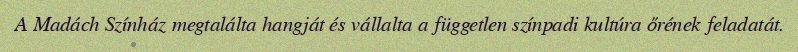
A Madách Színház megtalálta hangját és vállalta a független színpadi kultúra őrének feladatát.